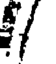
!/